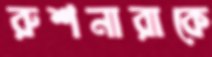
রুশনারাকে